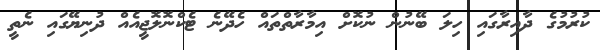
ކުރުމުގެ ދާއިރާގައި ހިލަ ބޭނުން ނުކޮށް އިމާރާތްތައް ހެދޭނެ ޓެކްނޮލޮޖީއެއް ދުނިޔޭގައި ނެތީ